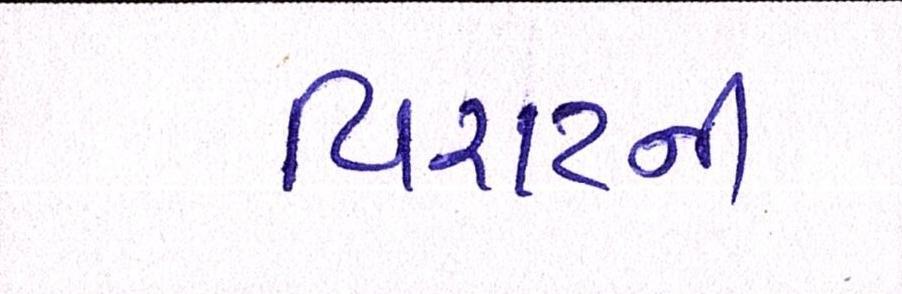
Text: વિરાટની